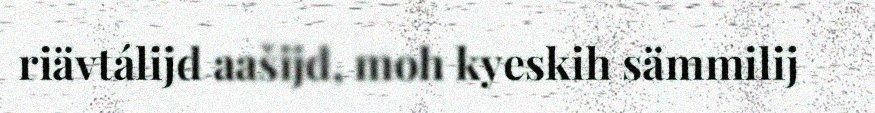
riävtálijd aašijd, moh kyeskih sämmilij